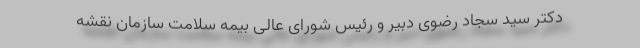
دکتر سید سجاد رضوی دبیر و رئیس شورای عالی بیمه سلامت سازمان نقشه